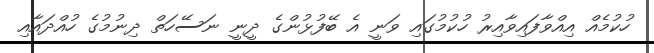
ހުކުމެއް އިއްވާފައިވާއިރު ހުކުމުގައި ވަނީ އެ ބޭފުޅުންގެ ދީނީ ނަސޭހަތް ދިނުމުގެ ހުއްދައާއި